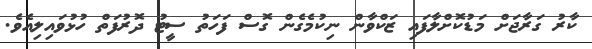
ކާރު ގަރާޖަށް މަޑުކޮށްލާފައި ޒަކްވާން ނިކުމެގެން ގޮސް ފަހަތު ސީޓު ދޮރުފަތް ހުޅުވައިލިއެވެ.